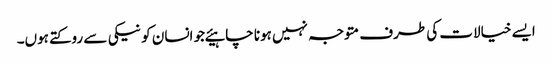
ایسے خیالات کی طرف متوجہ نہیں ہونا چاہیئےجو انسان کو نیکی سے روکتے ہوں۔